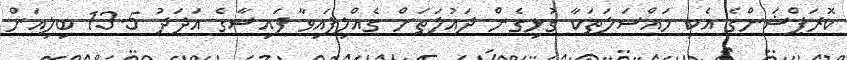
ކޮރަޕްޝަންގެ އެކި މައްސަލަތަކާ ގުޅިގެން ދައުލަތަށް ގެއްލިފައިވާ ފައިސާގެ އަދަދު 13.5 ބިލިއަން